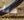
هنا